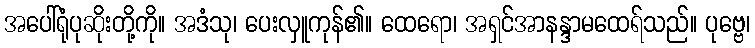
အပေါ်ရုံပုဆိုးတို့ကို။ အဒံသု၊ ပေးလှူကုန်၏။ ထေရော၊ အရှင်အာနန္ဒာမထေရ်သည်။ ပုဗ္ဗေ၊